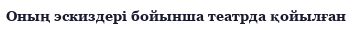
Оның эскиздері бойынша театрда қойылған